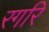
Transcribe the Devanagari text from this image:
रगरि